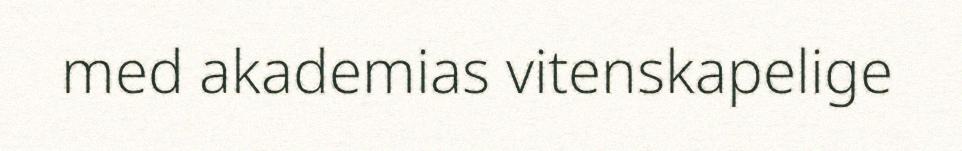
med akademias vitenskapelige